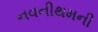
નવનીથમની